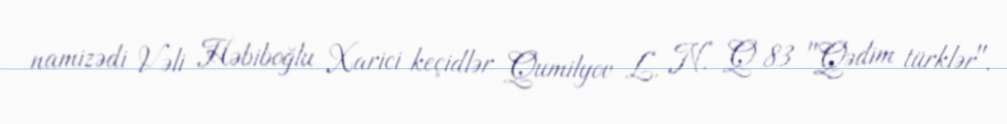
namizədi Vəli Həbiboğlu Xarici keçidlər Qumilyov L. N. Q 83 "Qədim türklər".